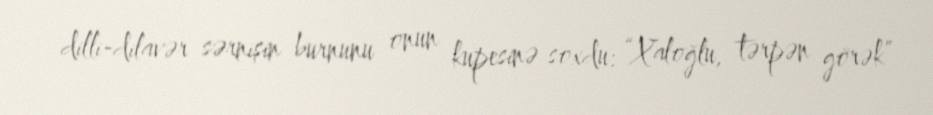
dilli-dilavər sərnişin burnunu onun kupesinə soxdu: “Xaloğlu, tərpən görək”